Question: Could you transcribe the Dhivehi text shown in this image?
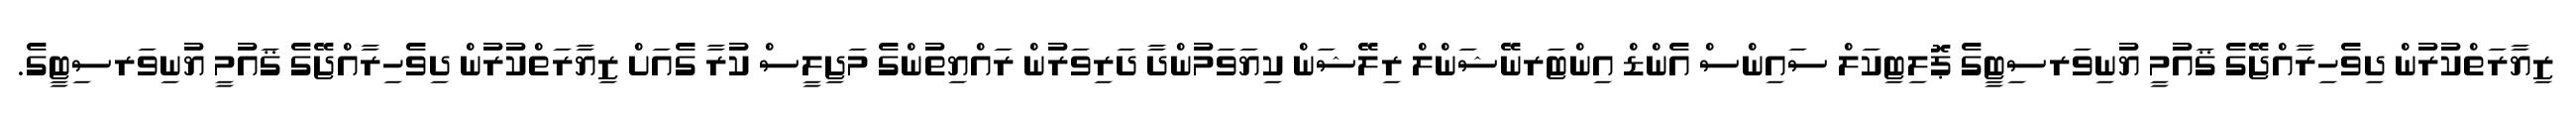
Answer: ޒިޔާރަތްކުރުން ދިވެހިރާއްޖޭގެ ޤައުމީ ޔުނިވަރސިޓީގެ ޕޮލިޓިކަލް ސައިންސް އެންޑް އިންޓަރނޭޝަންލް ރިލޭޝަން ކިޔަވަމުންދާ ދަރިވަރުން ރައްޔިތުންގެ މަޖިލީސް ކުރާ ގެއަށް ޒިޔާރަތްކުރުން ދިވެހިރާއްޖޭގެ ޤައުމީ ޔުނިވަރސިޓީގެ.